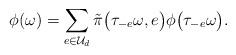
LaTeX: \begin{align*}\phi(\omega)= \sum_{e\in\mathcal U_d} \tilde\pi\big(\tau_{-e}\omega, e\big) \phi\big(\tau_{-e}\omega\big).\end{align*}